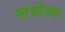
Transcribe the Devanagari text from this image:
स्तंभोंवला